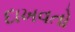
દાખવતો